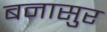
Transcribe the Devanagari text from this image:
बनासुर